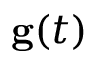
{ \bf g } ( t )